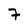
Character: 7